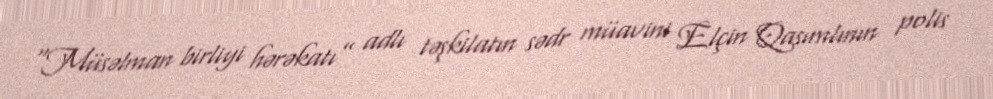
“Müsəlman birliyi hərəkatı” adlı təşkilatın sədr müavini Elçin Qasımlının polis